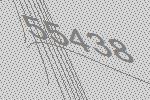
55438